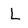
Character: L